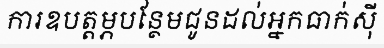
ការឧបត្តម្ភបន្ថែមជូនដល់អ្នកធាក់ស៊ី